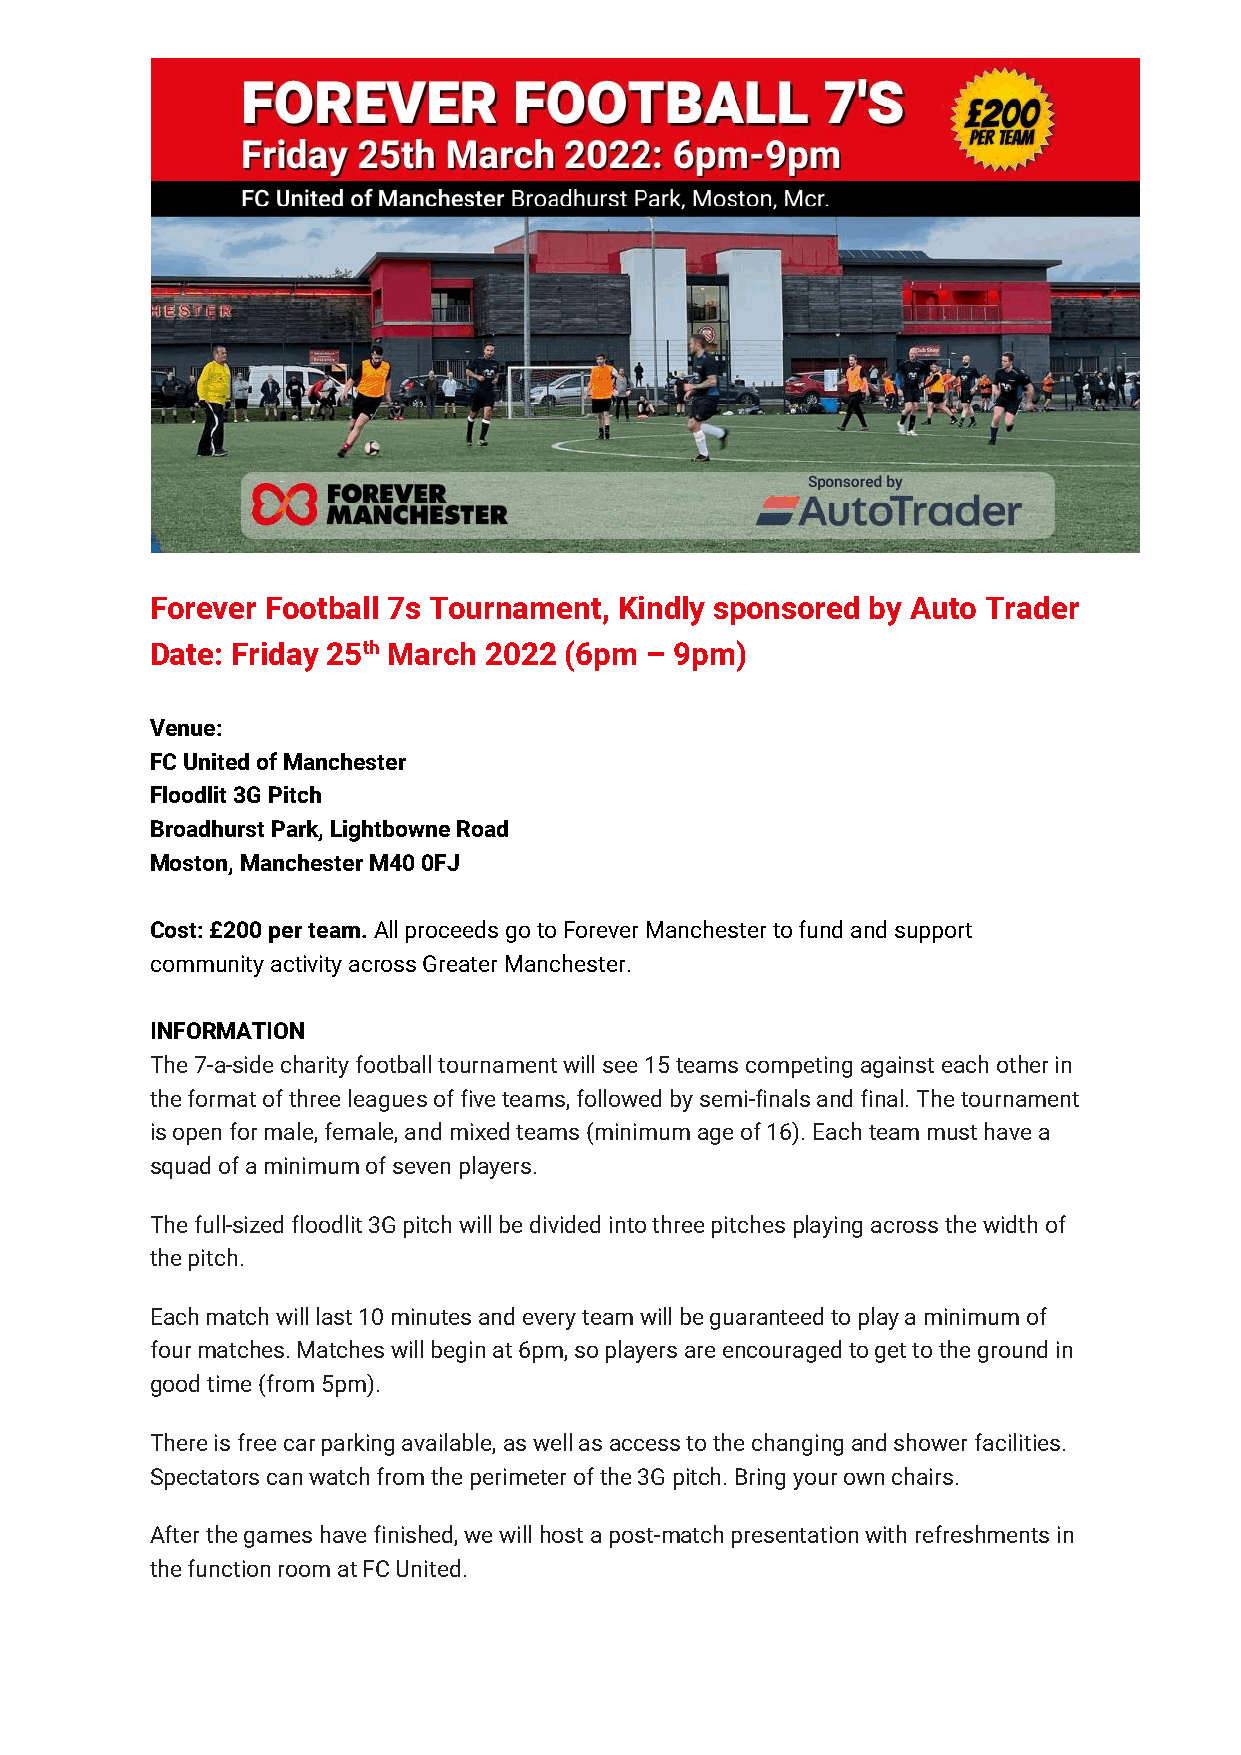
Forever Football 7s Tournament, Kindly sponsored by Auto Trader
 Date: Friday 25th March 2022 (6pm – 9pm)
 Venue:
 FC United of Manchester
 Floodlit 3G Pitch
 Broadhurst Park, Lightbowne Road
 Moston, Manchester M40 0FJ
 Cost: £200 per team. All proceeds go to Forever Manchester to fund and support
 community activity across Greater Manchester.
 INFORMATION
 The 7-a-side charity football tournament will see 15 teams competing against each other in
 the format of three leagues of five teams, followed by semi-finals and final. The tournament
 is open for male, female, and mixed teams (minimum age of 16). Each team must have a
 squad of a minimum of seven players.
 The full-sized floodlit 3G pitch will be divided into three pitches playing across the width of
 the pitch.
 Each match will last 10 minutes and every team will be guaranteed to play a minimum of
 four matches. Matches will begin at 6pm, so players are encouraged to get to the ground in
 good time (from 5pm).
 There is free car parking available, as well as access to the changing and shower facilities.
 Spectators can watch from the perimeter of the 3G pitch. Bring your own chairs.
 After the games have finished, we will host a post-match presentation with refreshments in
 the function room at FC United.